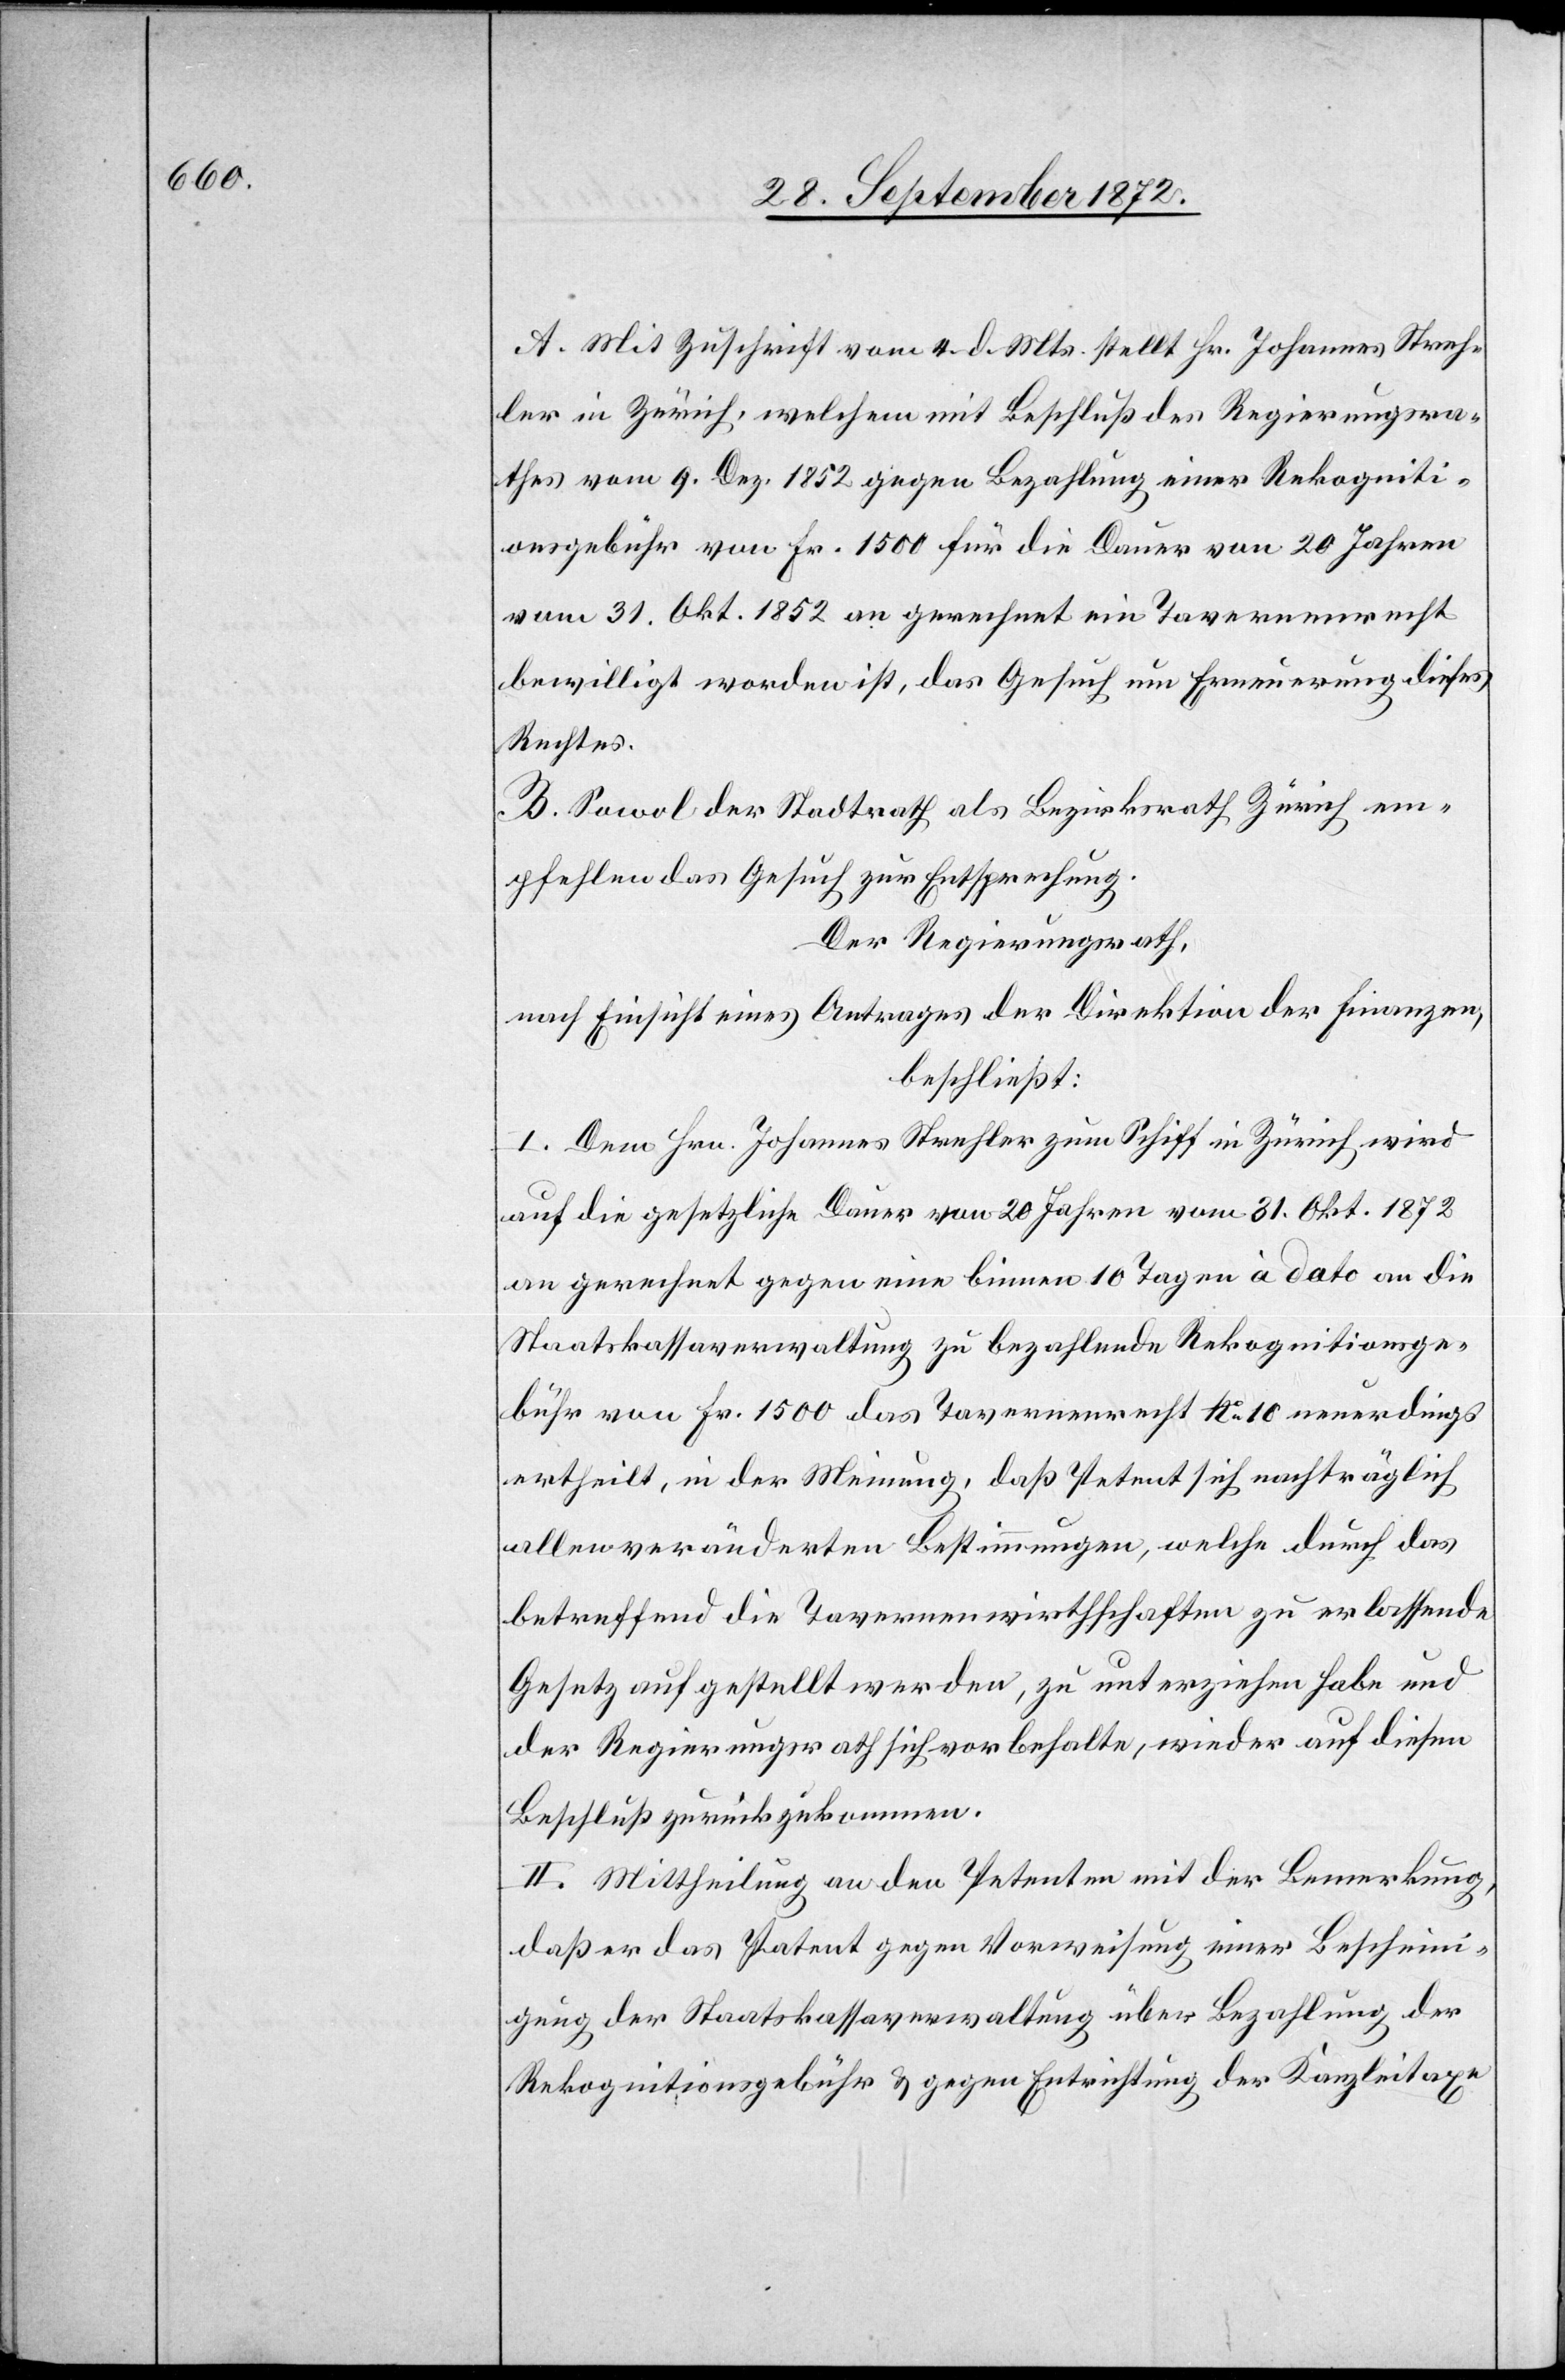
A. Mit Zuschrift vom 4. d. Mts. stellt Hr. Johannes Streh¬
ler in Zürich, welchem mit Beschluß des Regierungsra¬
thes vom 9. Dez. 1852 gegen Bezahlung einer Rekogniti¬
onsgebühr von Fr. 1500 für die Dauer von 20 Jahren
vom 31. Okt. 1852 an gerechnet ein Tavernenrecht
bewilligt worden ist, das Gesuch um Erneuerung dieses
Rechtes.
B. Sowol der Stadtrath als Bezirksrath Zürich em¬
pfehlen das Gesuch zur Entsprechung.
Der Regierungsrath,
nach Einsicht eines Antrages der Direktion der Finanzen,
beschließt:
I. Dem Hrn. Johannes Strehler zum Schiff in Zürich wird
auf die gesetzliche Dauer von 20 Jahren vom 31. Okt. 1872
an gerechnet gegen eine binnen 10 Tagen à dato an die
Staatskassaverwaltung zu bezahlende Rekognitionsge¬
bühr von Fr. 1500 das Tavernenrecht No 10 neuerdings
ertheilt, in der Meinung, daß Petent sich nachträglich
allen veränderten Bestimmungen, welche durch das
betreffend die Tavernenwirthschaften zu erlassende
Gesetz aufgestellt werden, zu unterziehen habe und
der Regierungsrath sich vorbehalte, wieder auf diesen
Beschluß zurückzukommen.
II. Mittheilung an den Petenten mit der Bemerkung,
daß er das Patent gegen Vorweisung einer Bescheini¬
gung der Staatskassaverwaltung über Bezahlung der
Rekognitionsgebühr u. gegen Entrichtung der Kanzleitaxe